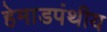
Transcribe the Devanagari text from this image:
हेमाडपंथीय